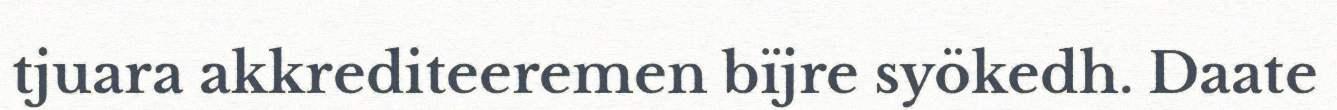
tjuara akkrediteeremen bïjre syökedh. Daate